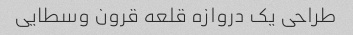
طراحی یک دروازه قلعه قرون وسطایی